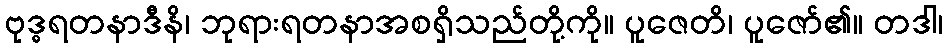
ဗုဒ္ဓရတနာဒီနိ၊ ဘုရားရတနာအစရှိသည်တို့ကို။ ပူဇေတိ၊ ပူဇော်၏။ တဒါ၊